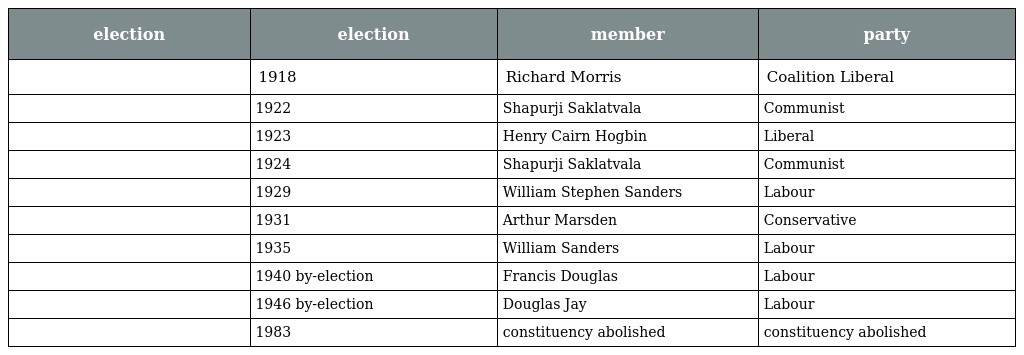
| election | election | member | party |
 | --- | --- | --- | --- |
 |  | 1918 | Richard Morris | Coalition Liberal |
 |  | 1922 | Shapurji Saklatvala | Communist |
 |  | 1923 | Henry Cairn Hogbin | Liberal |
 |  | 1924 | Shapurji Saklatvala | Communist |
 |  | 1929 | William Stephen Sanders | Labour |
 |  | 1931 | Arthur Marsden | Conservative |
 |  | 1935 | William Sanders | Labour |
 |  | 1940 by-election | Francis Douglas | Labour |
 |  | 1946 by-election | Douglas Jay | Labour |
 |  | 1983 | constituency abolished | constituency abolished |